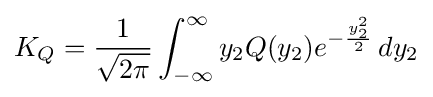
K_{Q}={\frac {1}{\sqrt {2\pi }}}\int _{-\infty }^{\infty }y_{2}Q(y_{2})e^{-{\frac {y_{2}^{2}}{2}}}\,dy_{2}